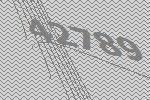
42789